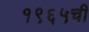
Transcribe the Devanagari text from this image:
१९६५ची